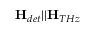
\mathbf { H } _ { d e t } | | \mathbf { H } _ { T H z }